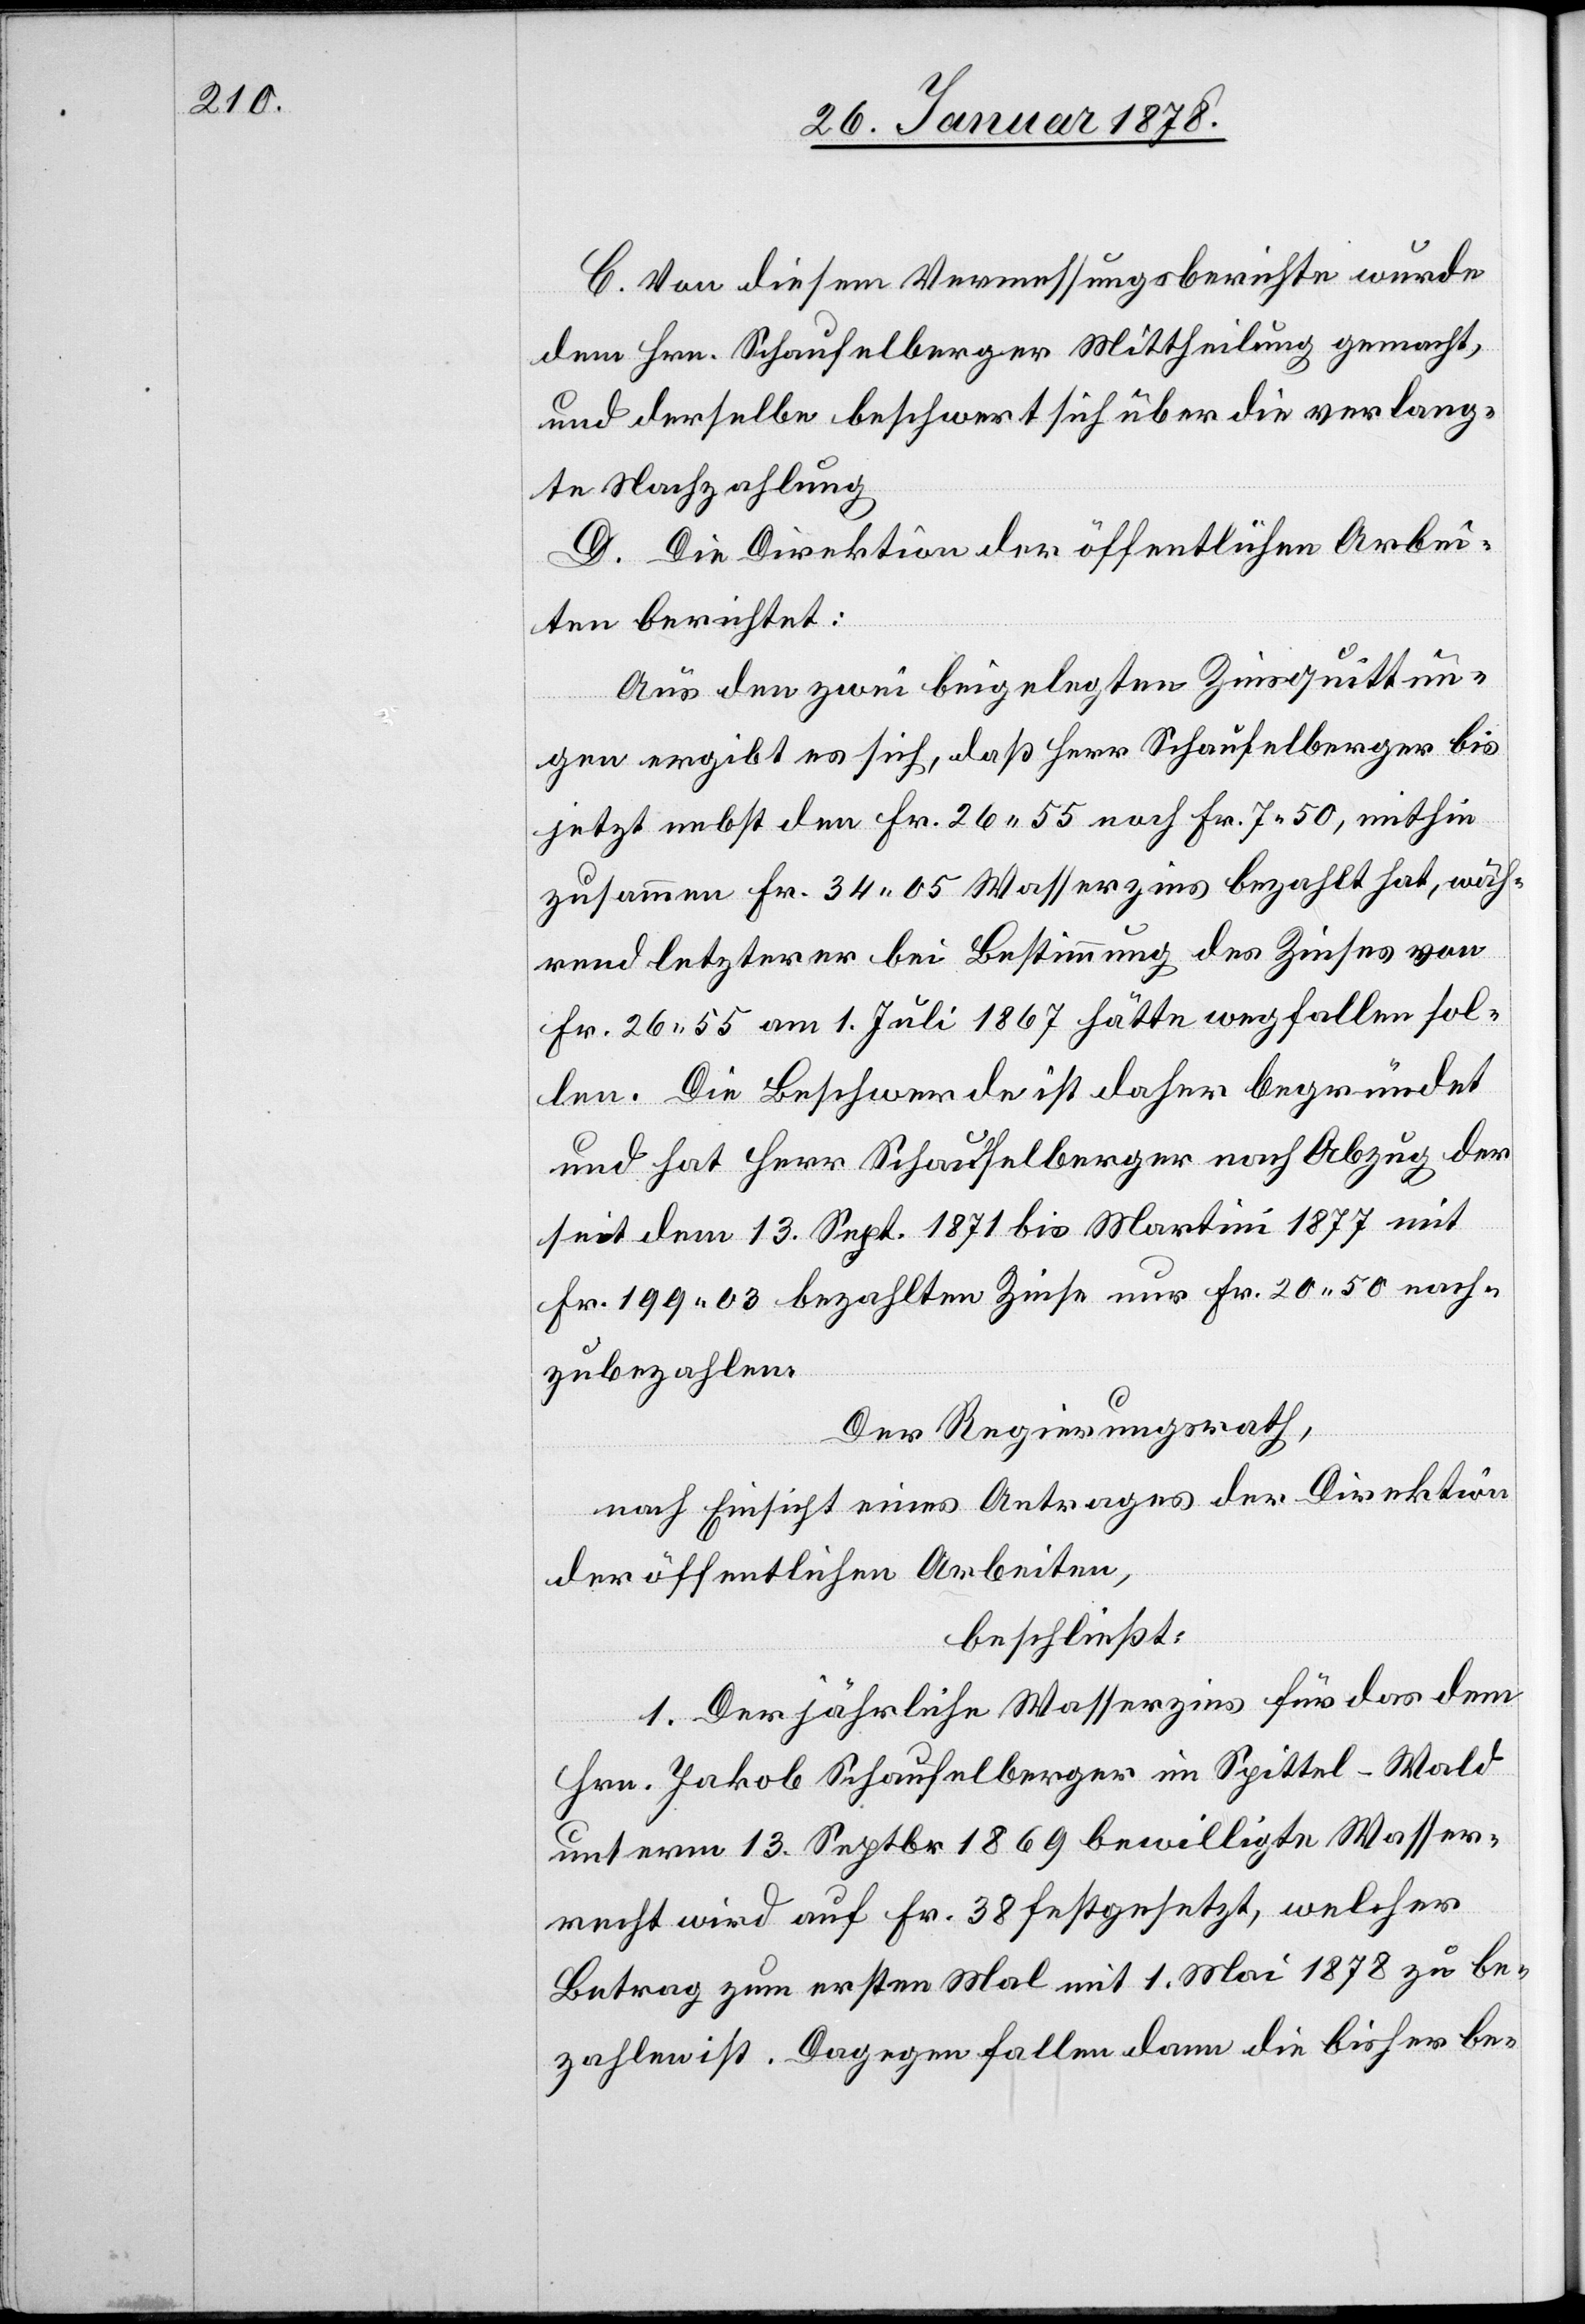
C. Von diesem Vermessungsberichte wurde
dem Hrn. Schaufelberger Mittheilung gemacht,
und derselbe beschwert sich über die verlang¬
te Nachzahlung.
D. Die Direktion der öffentlichen Arbei¬
ten berichtet:
Aus den zwei beigelegten Zinsquittun¬
gen ergibt es sich, daß Herr Schaufelberger bis
jetzt nebst den Fr. 26.55 noch Fr. 7.50, mithin
zusammen Fr. 34.05 Wasserzins bezahlt hat, wäh¬
rend letzterer bei Bestimmung des Zinses von
Fr. 26.55 am 1. Juli 1867 hätte wegfallen sol¬
len. Die Beschwerde ist daher begründet
und hat Herr Schaufelberger nach Abzug der
seit dem 13. Sept. 1871 bis Martini 1877 mit
Fr. 199.03 bezahlten Zinse nur Fr. 20.50 nach¬
zubezahlen.
Der Regierungsrath,
nach Einsicht eines Antrages der Direktion
der öffentlichen Arbeiten,
beschließt:
1. Der jährliche Wasserzins für das dem
Hrn. Jakob Schaufelberger im Spittel - Wald
unterm 13. Septbr 1869 bewilligte Wasser¬
recht wird auf Fr. 38 festgesetzt, welcher
Betrag zum ersten Mal mit 1. Mai 1878 zu be¬
zahlen ist. Dagegen fallen dann die bisher be-